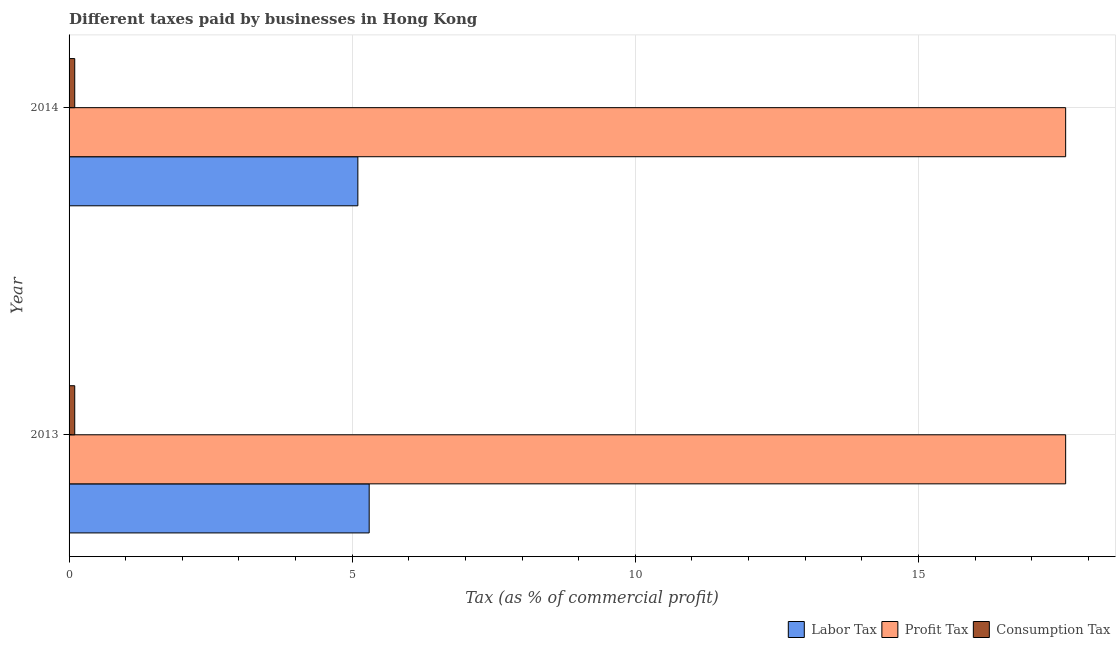
| Year | Labor Tax | Profit Tax | Consumption Tax |
 | --- | --- | --- | --- |
 | 2013 | 5.3 | 17.6 | 0.1 |
 | 2014 | 5.1 | 17.6 | 0.1 |